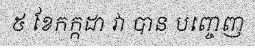
៥ ខែកក្កដា វា បាន បញ្ចេញ